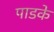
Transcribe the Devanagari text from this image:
पाडके